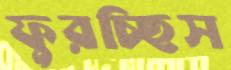
ফুরচ্ছিস